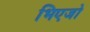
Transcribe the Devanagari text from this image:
भिएजो